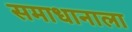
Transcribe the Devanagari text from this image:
समाधानाला